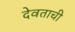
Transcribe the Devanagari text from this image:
देवताची